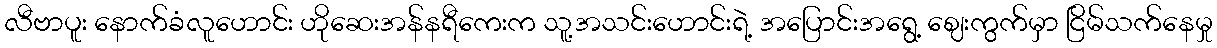
လီဗာပူး နောက်ခံလူဟောင်း ဟိုဆေးအန်နရီကေးက သူ့အသင်းဟောင်းရဲ့ အပြောင်းအရွေ့ ဈေးကွက်မှာ ငြိမ်သက်နေမှု